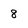
Character: 8